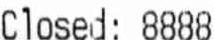
CLOSED: 8888